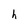
Character: h